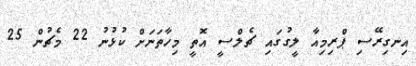
އިނގިރޭސި ޕްރިމިއާ ލީގުގައި ޗެލްސީ އޮތީ މިހާތަނަށް ކުޅުނު 22 މެޗުން 25